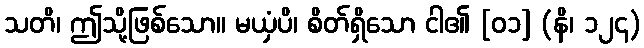
သတိ၊ ဤသို့ဖြစ်သော။ မယှံပိ၊ စိတ်ရှိသော ငါ၏ [၀၁] (နိ၊ ၁၂၄)